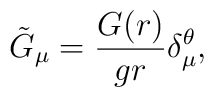
\tilde G_{\mu } = \frac{G(r)}{g r} \delta^{\theta}_{\mu} ,